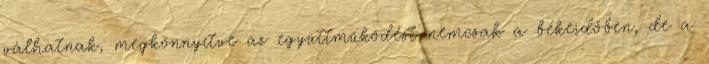
válhatnak, megkönnyítve az együttműködést nemcsak a békeidőben, de a